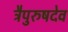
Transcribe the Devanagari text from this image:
त्रैपुरुषदेव